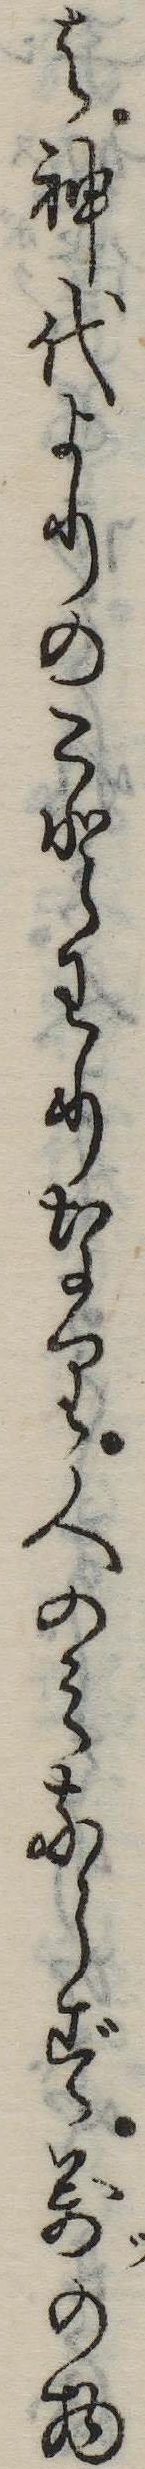
は神代よりのことわりなり人のみならず万の物